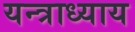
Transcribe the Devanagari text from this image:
यन्त्राध्याय